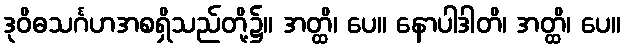
ဒုဝိဓသင်္ဂဟအစရှိသည်တို့၌။ အတ္ထိ၊ ပေ။ နောပါဒါတိ၊ အတ္ထိ၊ ပေ။